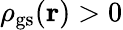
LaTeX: {\rho_{\mathrm{gs}}}(\mathbf{r})>0